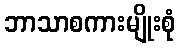
ဘာသာစကားမျိုးစုံ